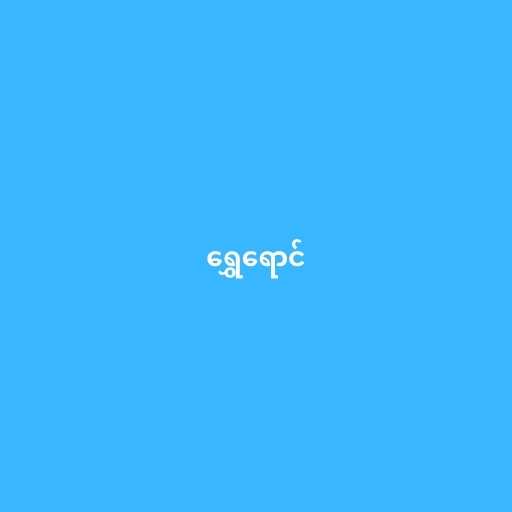
ရွှေရောင်